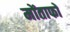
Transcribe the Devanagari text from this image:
मोंताफों